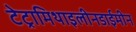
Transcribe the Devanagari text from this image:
टेट्रामिथाइलीनडाईमीन